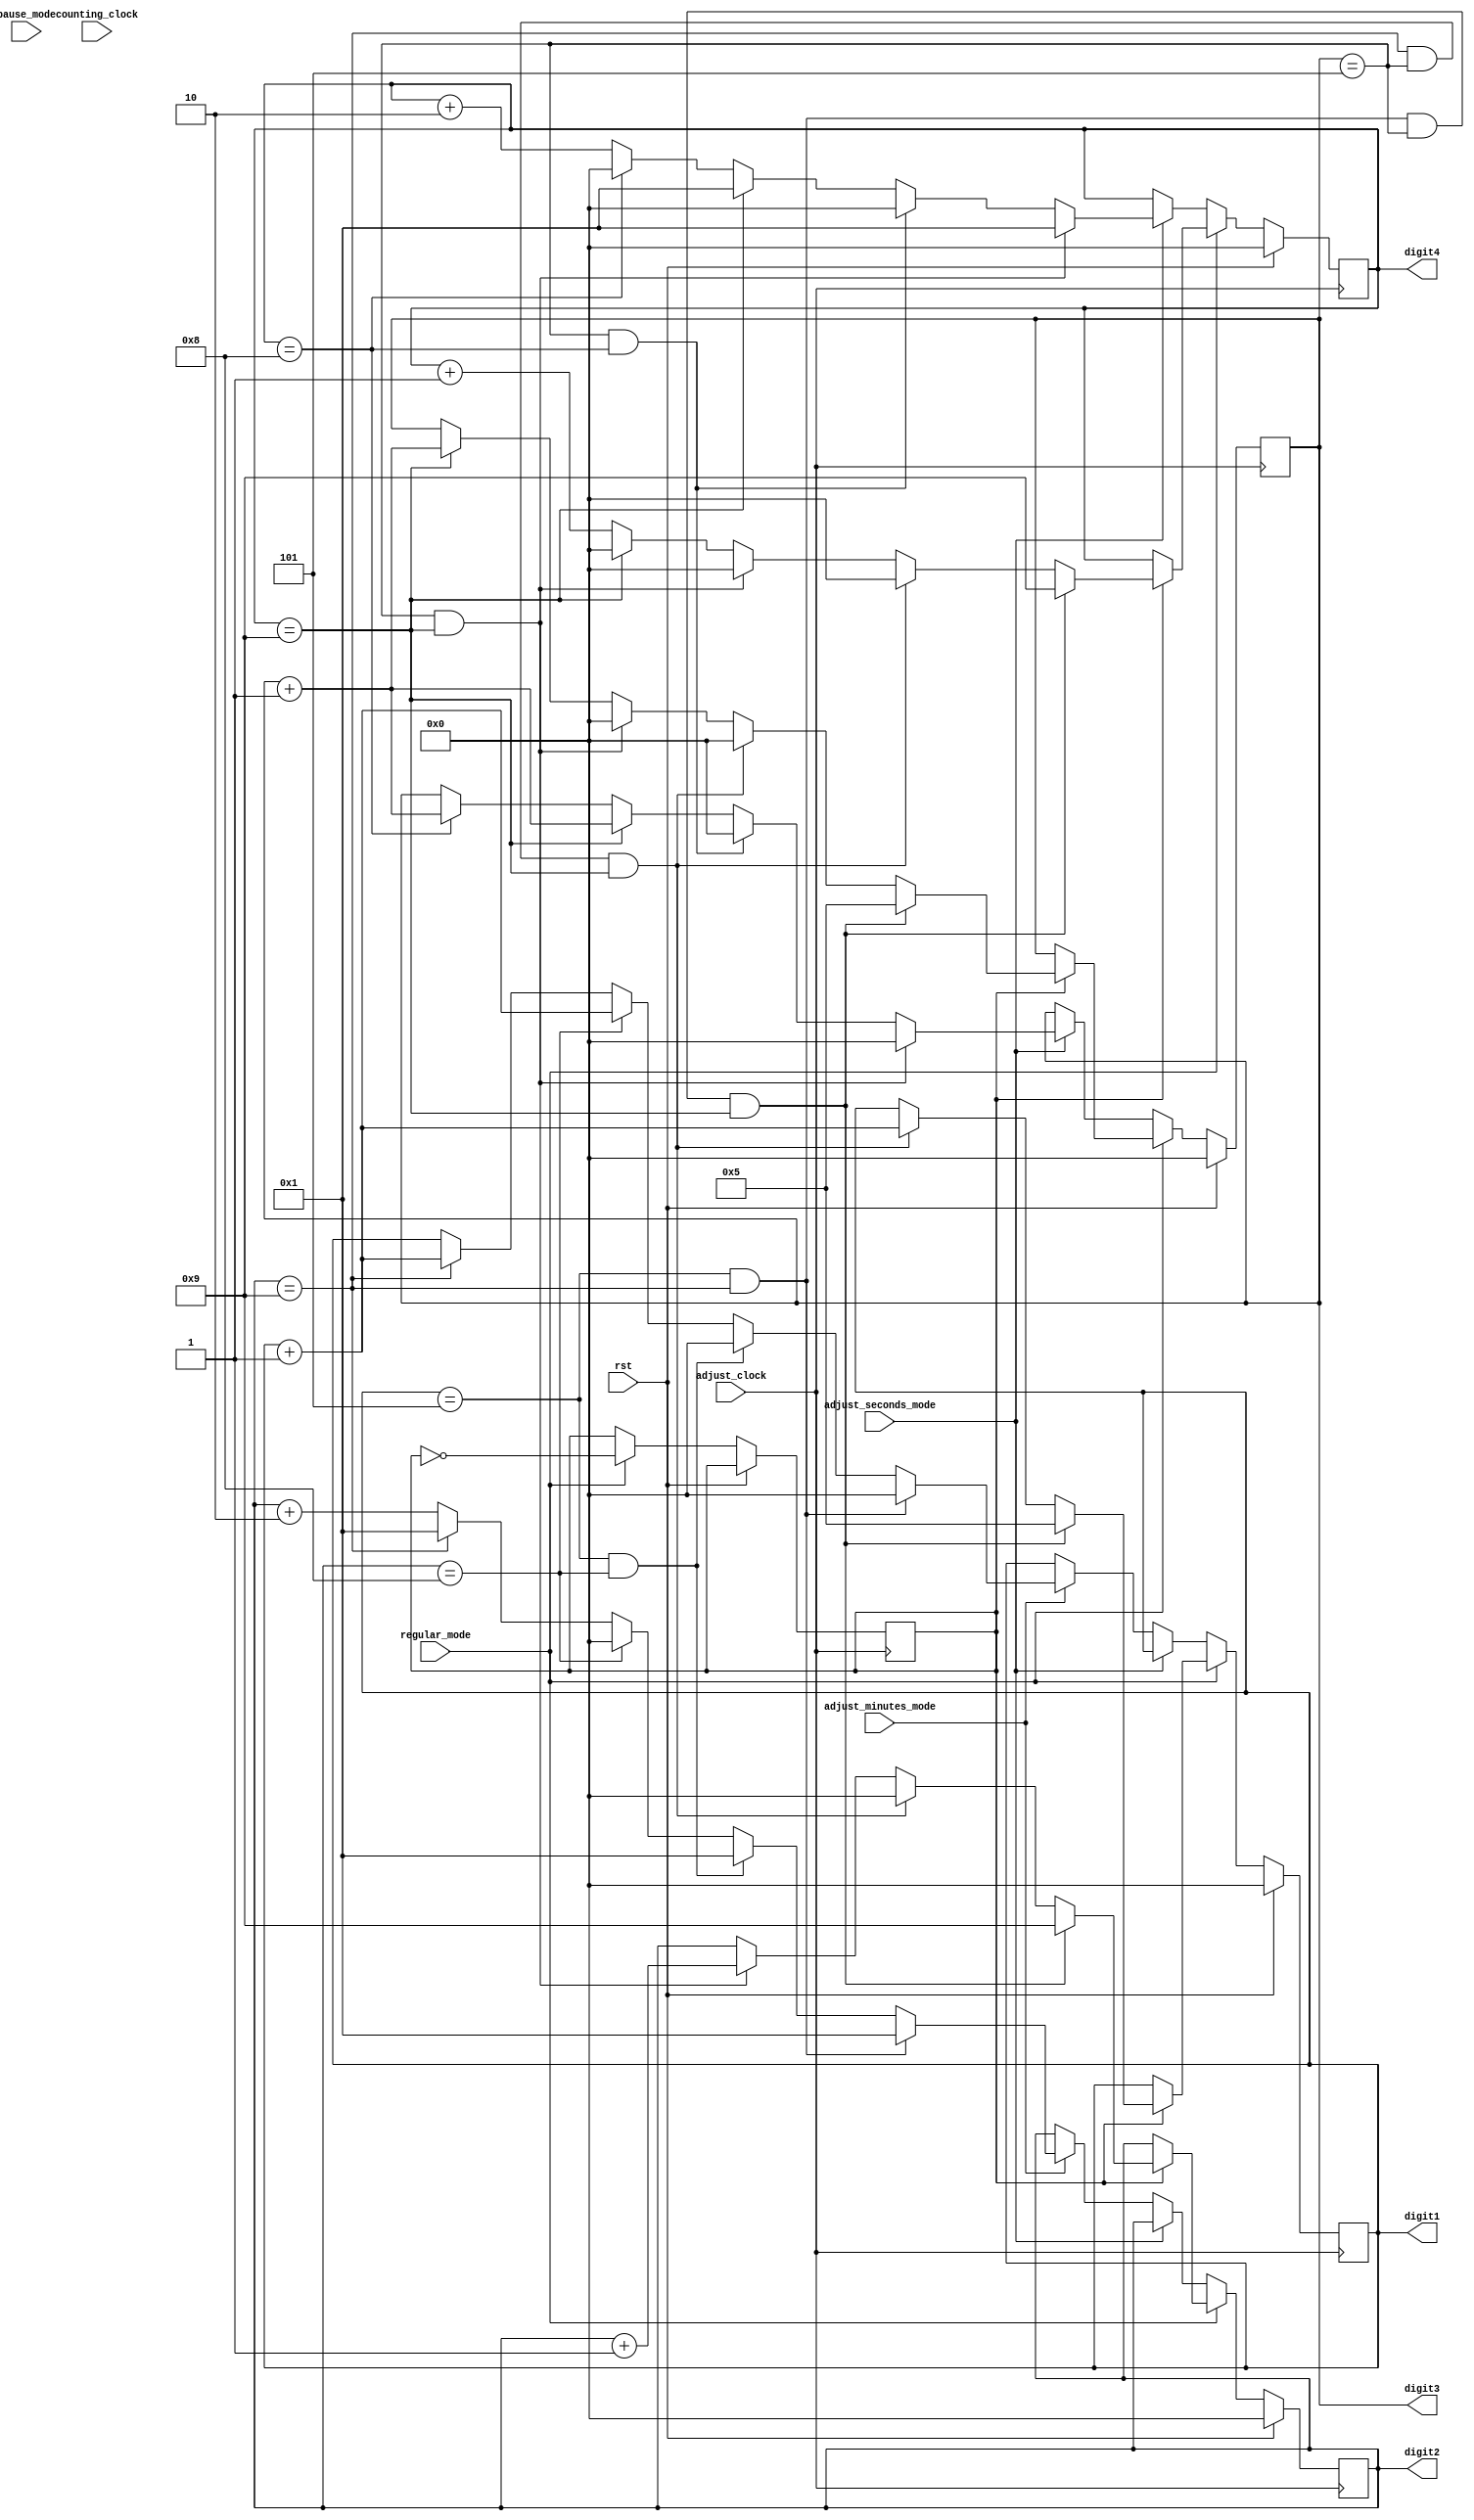
`timescale 1ns / 1ps
//////////////////////////////////////////////////////////////////////////////////
// Company: 
// Engineer: 
// 
// Design Name: 
// Module Name:    totalCounter 
// Project Name: 
// Target Devices: 
// Tool versions: 
// Description: 
//
// Dependencies: 
//
// Revision: 
// Revision 0.01 - File Created
// Additional Comments: 
//
//////////////////////////////////////////////////////////////////////////////////
module totalCounter(rst, counting_clock, adjust_clock, regular_mode, adjust_seconds_mode, adjust_minutes_mode, pause_mode,
     digit1, digit2, digit3, digit4);

input rst;
input counting_clock; 
input adjust_clock; 
input regular_mode; 
input adjust_seconds_mode; 
input adjust_minutes_mode; 
input pause_mode;

output reg[3:0] digit1; 
output reg[3:0] digit2; 
output reg[3:0] digit3; 
output reg[3:0] digit4;

reg counter1hz = 0;

// If this clock is too slow to see the reset signal, 
// add counters to each mode, but it should be fine if we press the button slowly

always @ (posedge adjust_clock) begin
	if(rst) begin
		digit1 = 0;
		digit2 = 0;
		digit3 = 0;
		digit4 = 0;
	end
	else begin
	
		// REGULAR 1HZ COUNTING
		if(regular_mode) begin
			// do regular counting at 1hz
			if(counter1hz) begin
				// pause at 59:59
				if(digit1 == 5 && digit2 == 9 && digit3 == 5 && digit4 == 9) begin
					digit1 = 5;
					digit2 = 9;
					digit3 = 5;
					digit4 = 9;
				end
				
				// increment digit1
				else if(digit2 == 9 && digit3 == 5 && digit4 == 9) begin
					digit1 = digit1 + 1;
					digit2 = 0;
					digit3 = 0;
					digit4 = 0;
				end
				
				// increment digit2
				else if(digit3 == 5 && digit4 == 9) begin
					digit2 = digit2 + 1;
					digit3 = 0;
					digit4 = 0;
				end
				
				// increment digit3
				else if(digit4 == 9) begin
					digit3 = digit3 + 1;
					digit4 = 0;
				end
				
				// increment digit4
				else begin
					digit4 = digit4 + 1;
				end
				
			end
			// counter to slow the 2hz clock to 1hz
			counter1hz = ~counter1hz;
		end
		
		// SECONDS ADJUST MODE 2HZ COUNTING
		else if(adjust_seconds_mode) begin
			// wraparound from :59 to :01
			if(digit3 == 5 && digit4 == 9) begin
				digit3 = 0;
				digit4 = 1;
			end
			
			// wraparaound from :58 to :00
			else if(digit3 == 5 && digit4 == 8) begin
				digit3 = 0;
				digit4 = 0;
			end
			
			// wraparound from :x9 to :y1
			else if(digit4 == 9) begin
				digit3 = digit3 + 1;
				digit4 = 1;
			end
			
			// wraparound from :x8 to :y0
			else if(digit4 == 8) begin
				digit3 = digit3 + 1;
				digit4 = 0;
			end
			
			// increment right digit
			else begin
				digit4 = digit4 + 2;
			end
			
		end
		
		// MINUTES ADJUST MODE 2HZ COUNTING
		else if(adjust_minutes_mode) begin
			// wraparound from 59: to 01:
			if(digit1 == 5 && digit2 == 9) begin
				digit1 = 0;
				digit2 = 1;
			end
			
			// wraparaound from 58: to 00:
			else if(digit1 == 5 && digit2 == 8) begin
				digit1 = 0;
				digit2 = 1;
			end
			
			// increment from x8: to y0:
			else if(digit2 == 8) begin
				digit1 = digit1 + 1;
				digit2 = 0;
			end
			
			// increment from x9: to y1:
			else if(digit2 == 9) begin
				digit1 = digit1 + 1;
				digit2 = 1;
			end
			
			// increment right digit
			else begin
				digit2 = digit2 + 2;
			end
			
		end
		
		// PAUSE MODE
		else begin 
			;
		end
		
	end
end





endmodule